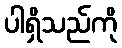
ပါရှိသည်ကို